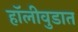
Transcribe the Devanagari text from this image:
हॉलीवुडात